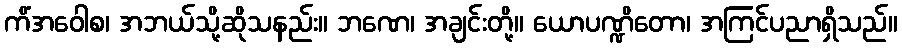
ကိံအဝေါစ၊ အဘယ်သို့ဆိုသနည်း။ ဘဏေ၊ အချင်းတို့။ ယောပဏ္ဍိတော၊ အကြင်ပညာရှိသည်။